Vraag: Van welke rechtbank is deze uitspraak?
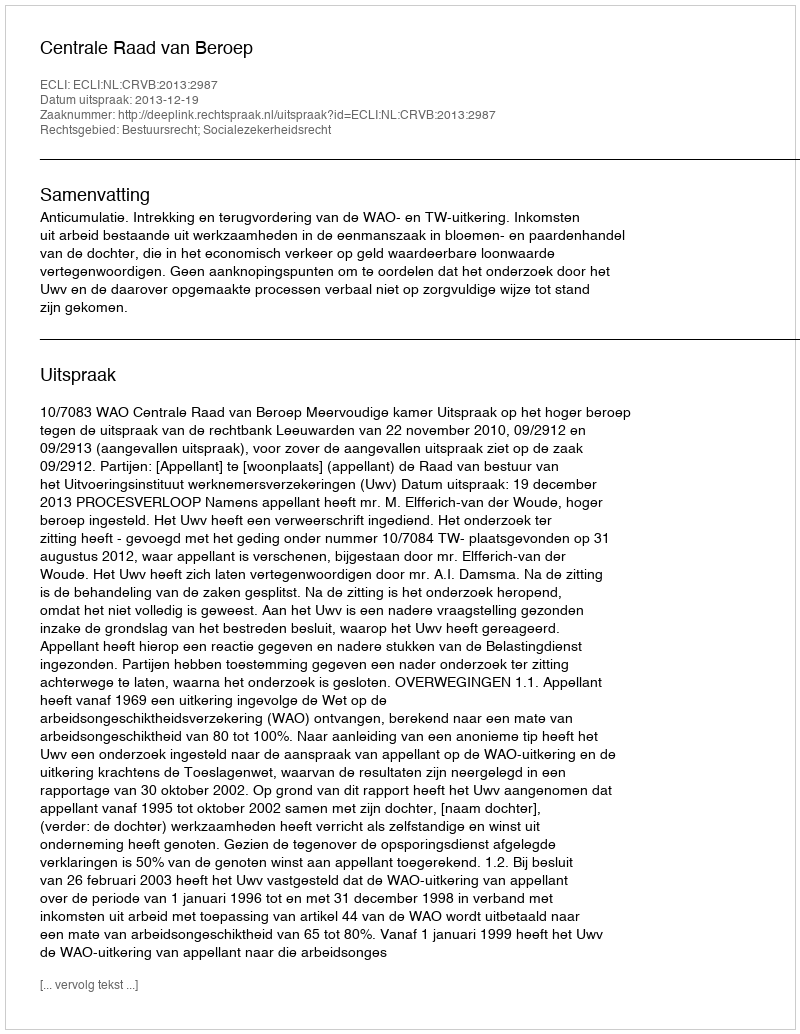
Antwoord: Centrale Raad van Beroep